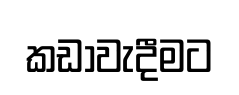
කඩාවැදීමට